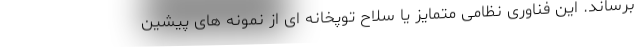
برساند. این فناوری نظامی متمایز یا سلاح توپخانه ای از نمونه های پیشین